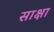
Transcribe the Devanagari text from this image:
साक्षा